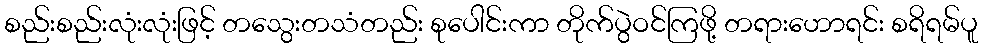
စည်းစည်းလုံးလုံးဖြင့် တသွေးတသံတည်း စုပေါင်းကာ တိုက်ပွဲဝင်ကြဖို့ တရားဟောရင်း စရိရမ်ပူ